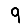
Digit: 9